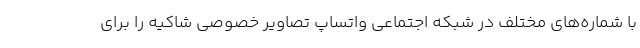
با شماره‌های مختلف در شبکه اجتماعی واتساپ تصاویر خصوصی شاکیه را برای